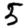
Digit: 5